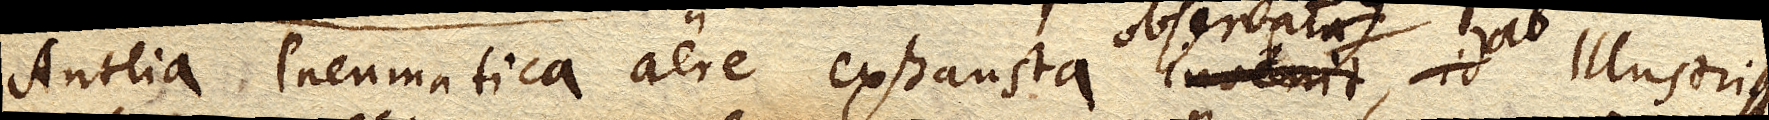
Antlia Pneumatica aere exhausta invenit, id Illustris